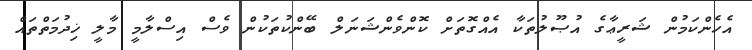
އެހެންކަމުން ޝަރީޢާގެ އުޞޫލުތަކާ އެއްގޮތަށް ކޮންވެންޝަނަލް ބޭންކުތަކުން ވެސް އިސްލާމީ މާލީ ޚިދުމަތްތައް